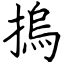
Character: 摀